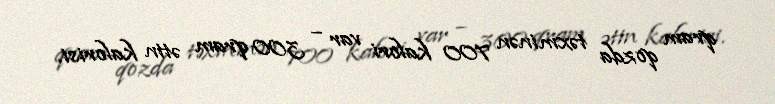
qram qozda təxminən 700 kalori var – 300 qram ətin kalorisi.